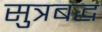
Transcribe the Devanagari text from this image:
सुत्रबद्ध